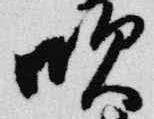
吹